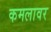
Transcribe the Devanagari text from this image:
कमलावर